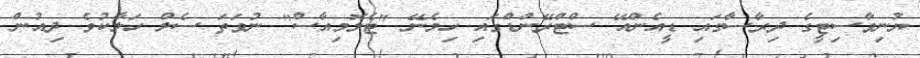
ޔުނިވާސިޓީގެ ދިރާސާގައި ޑީއެންއޭ ސްޓްރޭންޑްގައި ހިމެނޭ "ޓެލޮމިއާސް" ނުވަތަ ސެލް ހަލާކުވެ ދިއުން